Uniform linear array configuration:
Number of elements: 16
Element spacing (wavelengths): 0.5
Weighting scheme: blackman
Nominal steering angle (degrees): -15
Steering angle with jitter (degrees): -13.469
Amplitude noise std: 0.05
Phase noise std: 0.05

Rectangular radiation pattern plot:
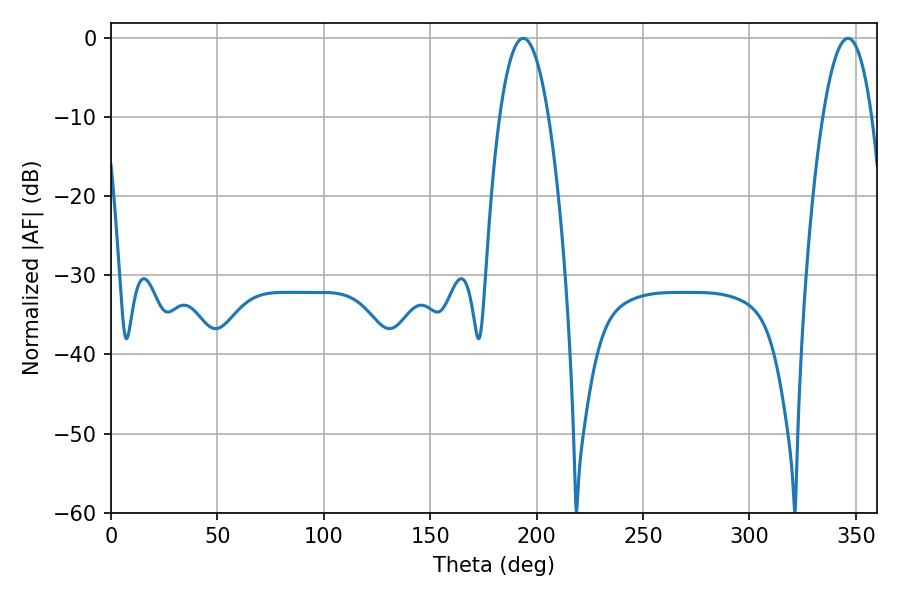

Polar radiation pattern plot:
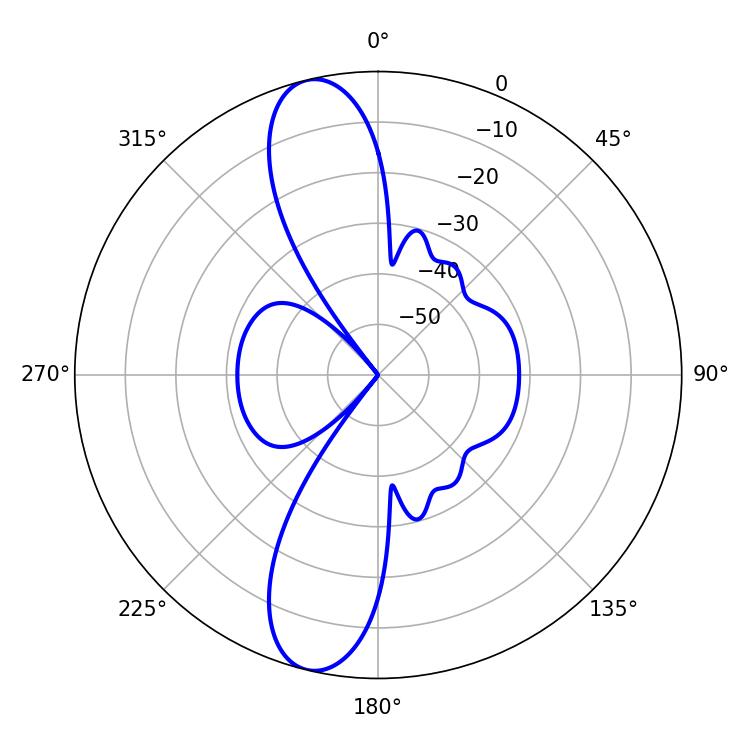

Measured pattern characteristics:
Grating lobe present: FALSE
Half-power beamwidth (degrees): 12.78
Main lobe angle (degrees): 193.68